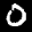
Label: 0